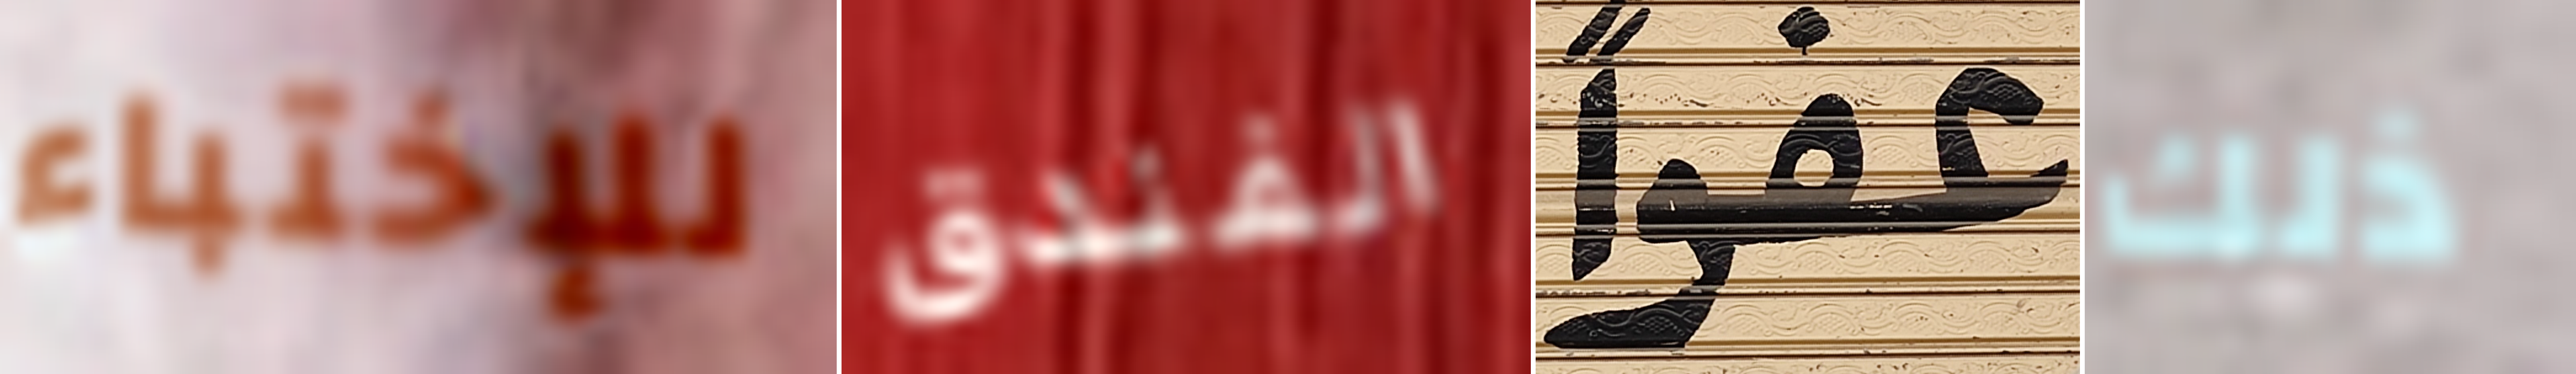
للإختباء الفندق عفوا ذلك